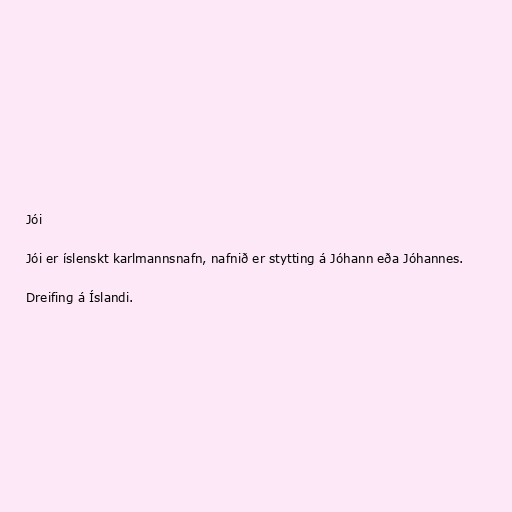
Jói

Jói er íslenskt karlmannsnafn, nafnið er stytting á Jóhann eða Jóhannes.

Dreifing á Íslandi.